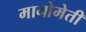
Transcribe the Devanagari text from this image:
मानोमेती